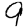
Digit: 9